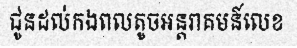
ជូនដល់កងពលតូចអន្តរាគមន៍លេខ